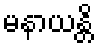
မနာယန္တိ